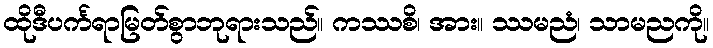
ထိုဒီပင်္ကရာမြတ်စွာဘုရားသည်။ ကဿစိ၊ အား။ ဿမညံ၊ သာမညကို။